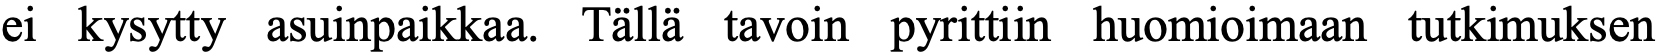
ei kysytty asuinpaikkaa. Tällä tavoin pyrittiin huomioimaan tutkimuksen